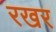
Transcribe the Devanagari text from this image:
रखर